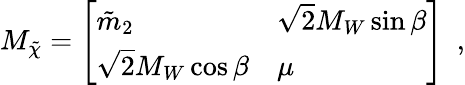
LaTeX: M_{\tilde{\chi}}=\left[\begin{array}{ll}{{\tilde{m}_{2}}}&{{\sqrt{2}M_{W}\sin\beta}}\\ {{\sqrt{2}M_{W}\cos\beta}}&{{\mu}}\end{array}\right]\ \ ,